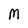
Character: M